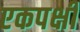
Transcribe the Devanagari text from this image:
एकपक्षी